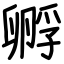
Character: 孵